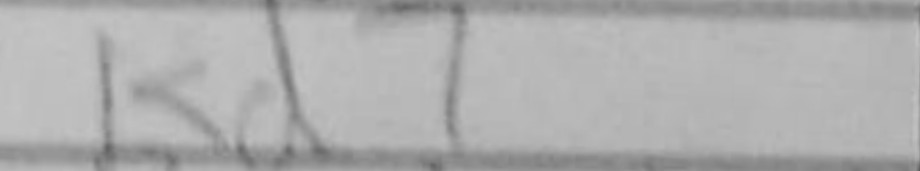
Transcription: Kd7